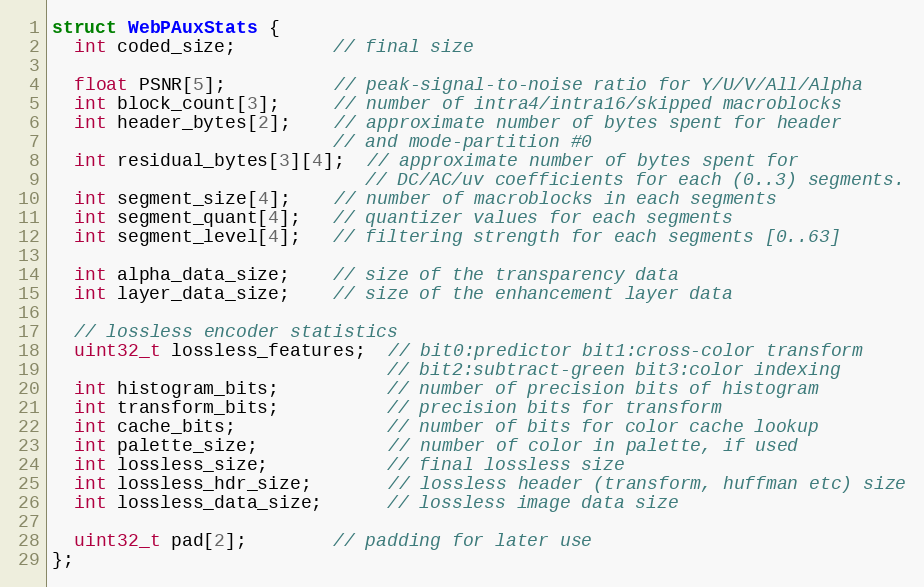
Language: C
struct WebPAuxStats {
  int coded_size;         // final size

  float PSNR[5];          // peak-signal-to-noise ratio for Y/U/V/All/Alpha
  int block_count[3];     // number of intra4/intra16/skipped macroblocks
  int header_bytes[2];    // approximate number of bytes spent for header
                          // and mode-partition #0
  int residual_bytes[3][4];  // approximate number of bytes spent for
                             // DC/AC/uv coefficients for each (0..3) segments.
  int segment_size[4];    // number of macroblocks in each segments
  int segment_quant[4];   // quantizer values for each segments
  int segment_level[4];   // filtering strength for each segments [0..63]

  int alpha_data_size;    // size of the transparency data
  int layer_data_size;    // size of the enhancement layer data

  // lossless encoder statistics
  uint32_t lossless_features;  // bit0:predictor bit1:cross-color transform
                               // bit2:subtract-green bit3:color indexing
  int histogram_bits;          // number of precision bits of histogram
  int transform_bits;          // precision bits for transform
  int cache_bits;              // number of bits for color cache lookup
  int palette_size;            // number of color in palette, if used
  int lossless_size;           // final lossless size
  int lossless_hdr_size;       // lossless header (transform, huffman etc) size
  int lossless_data_size;      // lossless image data size

  uint32_t pad[2];        // padding for later use
};